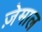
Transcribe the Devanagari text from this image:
ज़ेमाल